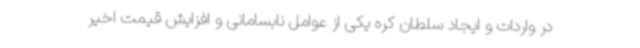
در واردات و ایجاد سلطان کره یکی از عوامل نابسامانی و افزایش قیمت اخیر